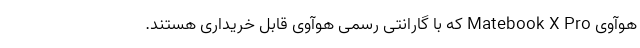
هوآوی Matebook X Pro که با گارانتی رسمی هوآوی قابل خریداری هستند.